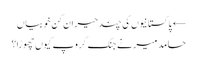
← پاکستانیوں کی چند حیران کن خوبیاں
حامد میر نے جنگ گروپ کیوں چھوڑا؟